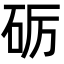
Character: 砺